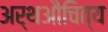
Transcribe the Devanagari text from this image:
अर्थऔचित्य